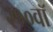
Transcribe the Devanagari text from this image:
२१०वॉ